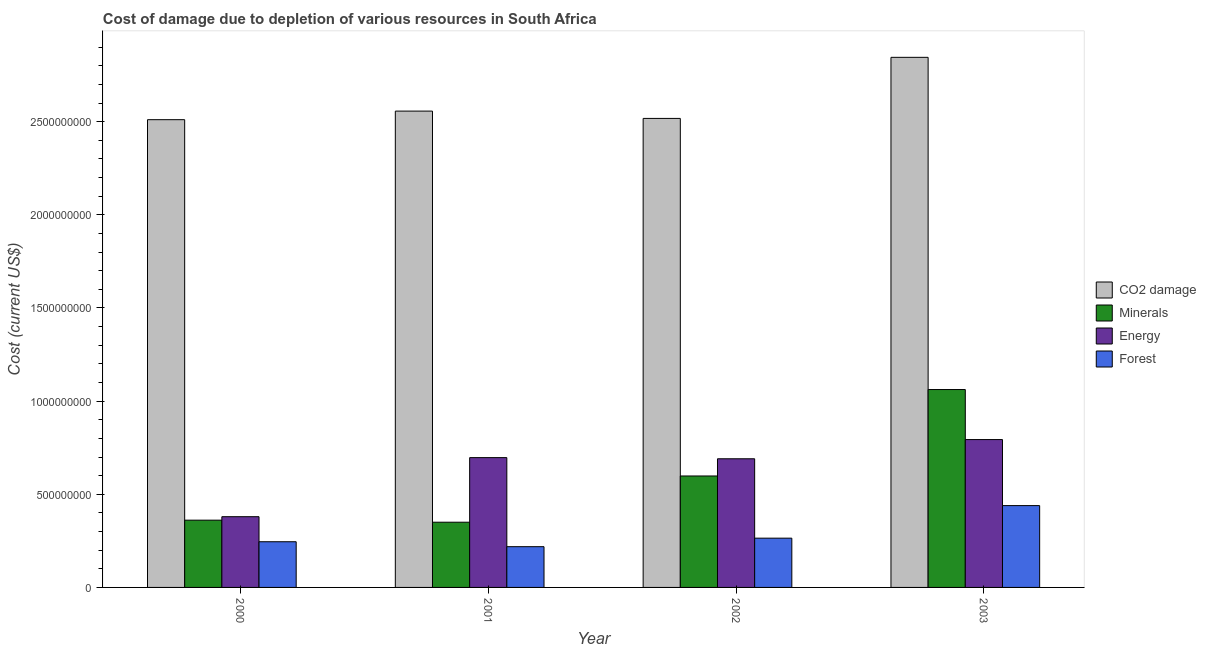
| Year | CO2 damage | Minerals | Energy | Forest |
 | --- | --- | --- | --- | --- |
 | 2000 | 2.51e+09 | 3.61e+08 | 3.8e+08 | 2.45e+08 |
 | 2001 | 2.56e+09 | 3.5e+08 | 6.97e+08 | 2.19e+08 |
 | 2002 | 2.52e+09 | 5.98e+08 | 6.91e+08 | 2.64e+08 |
 | 2003 | 2.85e+09 | 1.06e+09 | 7.94e+08 | 4.39e+08 |